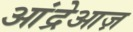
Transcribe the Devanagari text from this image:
आंद्रेआज़